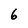
Character: 6